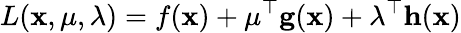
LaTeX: L(\mathbf{x},\mathbf{\mu},\mathbf{\lambda})=f(\mathbf{x})+\mathbf{\mu}^{\top}\mathbf{g}(\mathbf{x})+\mathbf{\lambda}^{\top}\mathbf{h}(\mathbf{x})